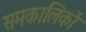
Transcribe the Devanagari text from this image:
समकालिकों